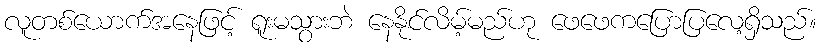
လူတစ်ယောက်အနေဖြင့် ရူးမသွားဘဲ နေနိုင်လိမ့်မည်ဟု ဖေဖေကပြောပြလေ့ရှိသည်။